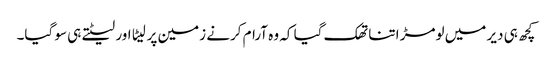
کچھ ہی دیر میں لومڑ اتنا تھک گیا کہ وہ آرام کرنے زمین پر لیٹا اور لیٹتے ہی سو گیا۔